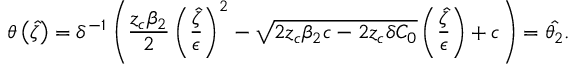
\theta \left( \hat { \zeta } \right) = \delta ^ { - 1 } \left( \frac { z _ { c } \beta _ { 2 } } { 2 } \left( \frac { \hat { \zeta } } { \epsilon } \right) ^ { 2 } - \sqrt { 2 z _ { c } \beta _ { 2 } c - 2 z _ { c } \delta C _ { 0 } } \left( \frac { \hat { \zeta } } { \epsilon } \right) + c \right) = \hat { \theta _ { 2 } } .